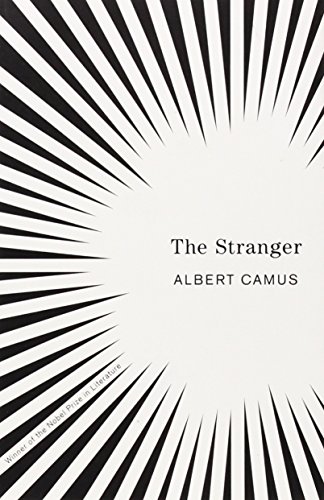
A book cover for The Stranger; Albert Camus; Literature & Fiction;